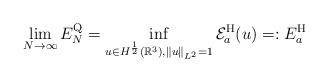
LaTeX: \begin{align*}\lim_{N\to\infty}E_{N}^{\rm Q} = \inf_{u\in H^{\frac{1}{2}}(\mathbb R^3),\|u\|_{L^2}=1}\mathcal{E}_{a}^{\rm H}(u)=: E_{a}^{\rm H} \end{align*}